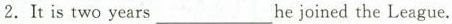
2. It is two years___he joined the League.